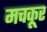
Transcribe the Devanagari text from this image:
मचकूर